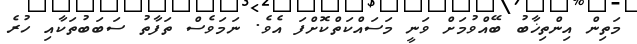
މަތިން އިންތިޚާބު ބޭއްވުމަށް ވަނީ މަސައްކަތްކޮށްފަ އެވެ. ނަމަވެސް ތަފާތު ސަބަބުތަކާއި ހުރެ